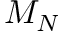
M _ { N }